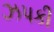
ઝપકી